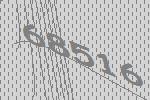
68516